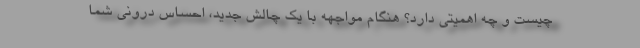
چیست و چه اهمیتی دارد؟ هنگام مواجهه با یک چالش جدید، احساس درونی شما